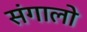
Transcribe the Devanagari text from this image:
संगालो